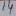
Text: 11